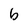
Character: b